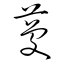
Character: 蔓